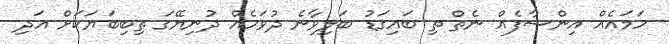
ހަމައެެއް އިންސާފެއް ނެތް ތި ބައިގަޑު ބަލިވާނެ ދުވަހެއް ދުނިޔޭގަ ތިބިބަޔަކަށް އަދި